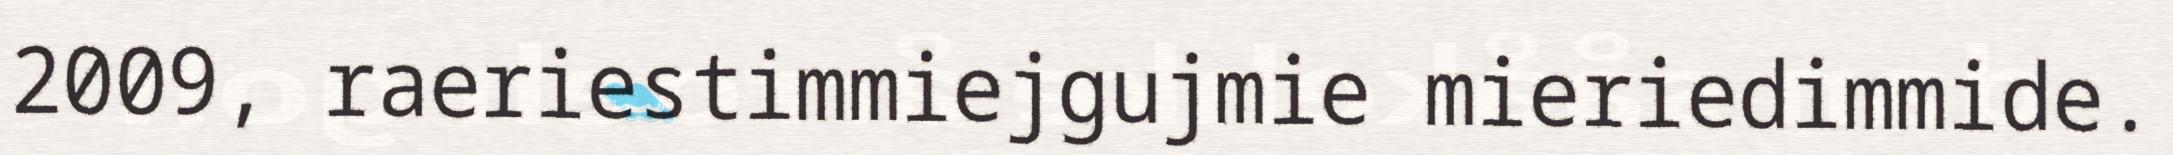
2009, raeriestimmiejgujmie mieriedimmide.